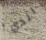
الذي